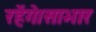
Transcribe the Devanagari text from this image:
रहेंगे।साभार